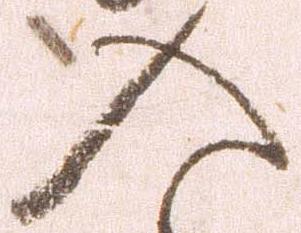
入